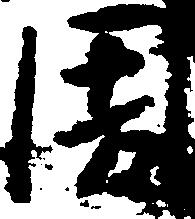
周